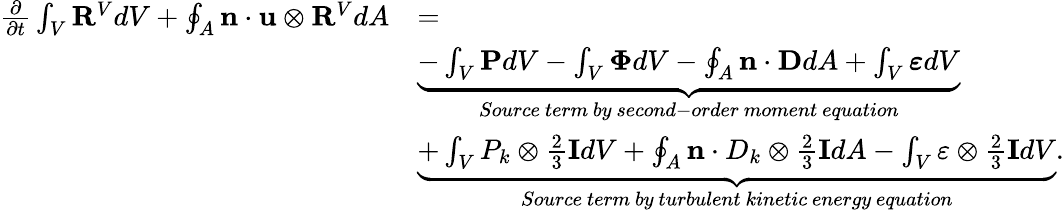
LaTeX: \begin{array}{rl}{\frac{\partial}{\partial t}\int_{V}\mathbf{R}^{V}dV+\oint_{A}\mathbf{n}\cdot\mathbf{u}\otimes\mathbf{R}^{V}dA}&{=}\\ &{\underbrace{-\int_{V}\mathbf{P}dV-\int_{V}\mathbf{\Phi}dV-\oint_{A}\mathbf{n}\cdot\mathbf{D}dA+\int_{V}\boldsymbol{\varepsilon}dV}_{Source\ term\ by\ second-order\ moment\ equation}}\\ &{\underbrace{+\int_{V}P_{k}\otimes\frac{2}{3}\mathbf{I}dV+\oint_{A}\mathbf{n}\cdot D_{k}\otimes\frac{2}{3}\mathbf{I}dA-\int_{V}\varepsilon\otimes\frac{2}{3}\mathbf{I}dV}_{Source\ term\ by\ turbulent\ kinetic\ energy\ equation}.}\end{array}